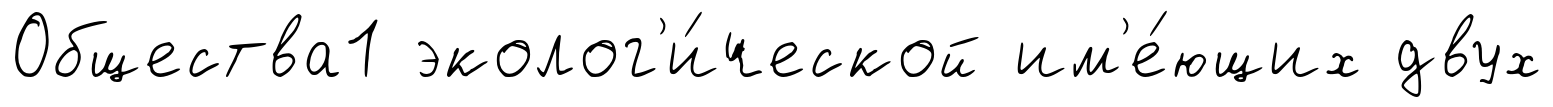
Общества1 эколог'и́ческой им'е́ющих двух